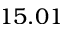
1 5 . 0 1